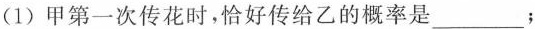
(1)甲第一次传花时，恰好传给乙的概率是___；